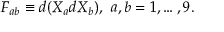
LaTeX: F _ { a b } \equiv d ( X _ { a } d X _ { b } ) , \, \, a , b = 1 , \ldots , 9 .